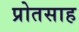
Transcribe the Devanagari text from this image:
प्रोतसाह